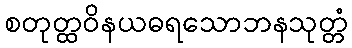
စတုတ္ထဝိနယဓရသောဘနသုတ္တံ